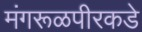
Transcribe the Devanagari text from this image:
मंगरूळपीरकडे